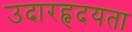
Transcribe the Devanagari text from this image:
उदारहृदयता